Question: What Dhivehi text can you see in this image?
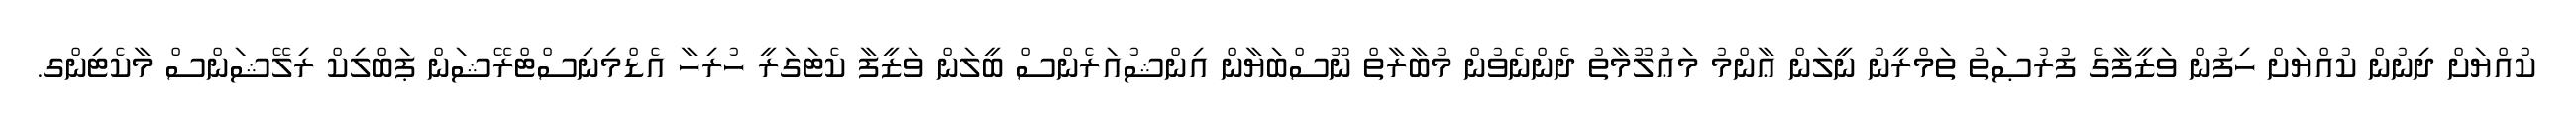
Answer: ކުއްޔަށް ދިނުން ކުއްޔަށް ހިފުން ވަޒީފާގެ ފުރުޞަތު ތަމްރީނު ނީލަން ޢާންމު މަޢުލޫމާތު ދެންނެވުން މުބާރާތް ނޫސްބަޔާން އިންޝުއަރެންސް ބީލަން ވަޒީފާ ކެޓަގަރީ ހުރިހާ އެޑްމިނިސްޓްރޭޝަން ޕަބްލިކް ރިލޭޝަންސް މާކެޓިންގ.